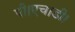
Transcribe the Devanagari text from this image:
पी।एच।डी।